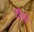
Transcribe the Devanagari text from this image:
गौरवे